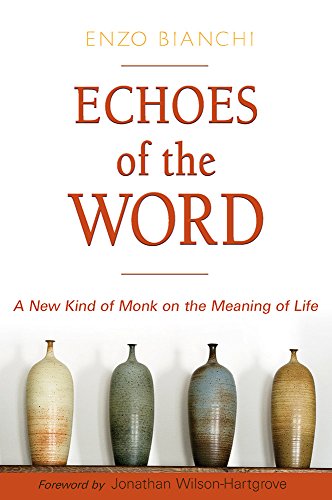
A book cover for Echoes of the Word: A New Kind of Monk on the Meaning of Life (Voices from the Monastery); Enzo Bianchi; Christian Books & Bibles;